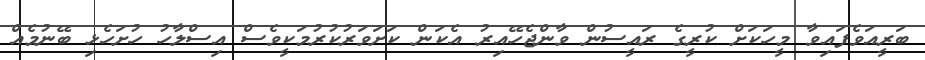
ބަރީއަވެފައިވާ މީހަކަށް ކުރީގެ ރައީސުން ވާންޖެހޭއިރު އެކަން ކަށަވަރުކުރުމަކީވެސް އިސްލާހު ހުށަހެޅި ބޭނުމެއް